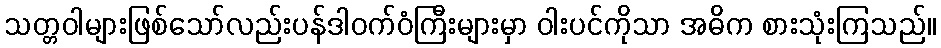
သတ္တဝါများဖြစ်သော်လည်းပန်ဒါဝက်ဝံကြီးများမှာ ဝါးပင်ကိုသာ အဓိက စားသုံးကြသည်။